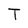
Character: T